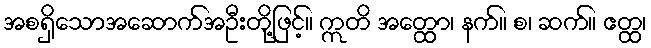
အစရှိသောအဆောက်အဦးတို့ဖြင့်။ ဣတိ အတ္ထော၊ နက်။ စ၊ ဆက်။ ဧတ္ထ၊